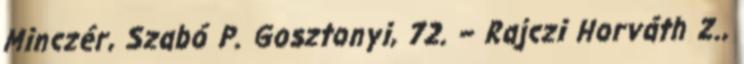
Minczér, Szabó P. Gosztonyi, 72. – Rajczi Horváth Z.,